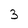
Character: 3